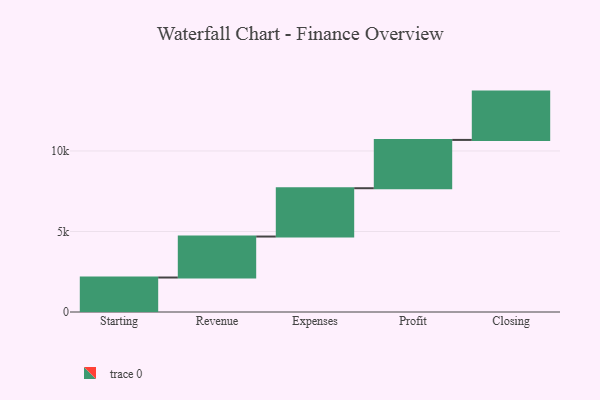
{"axis": {"x": "Step", "y": "Value"}, "legend": [""], "data": [{"x": "Starting", "y": 2141.0, "type": ""}, {"x": "Revenue", "y": 2545.0, "type": ""}, {"x": "Expenses", "y": 3000, "type": ""}, {"x": "Profit", "y": 3000, "type": ""}, {"x": "Closing", "y": 3000, "type": ""}]}